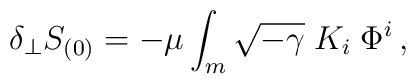
\delta_{\perp} S_{(0)} =- \mu \int_m \sqrt{-\gamma}\; K_i \; \Phi^i\,,